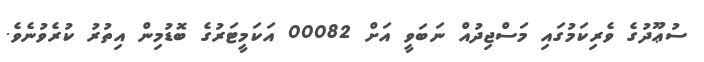
ސުޢޫދުުގެ ވެރިކަމުގައި މަސްޖިދުއް ނަބަވީ އަށް 00082 އަކަމީޓަރުގެ ބޮޑުމިން އިތުރު ކުރެވުނެވެ.